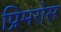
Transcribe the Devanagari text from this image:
प्रिमरोस